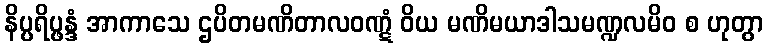
နိပ္ပရိပ္ဖန္ဒံ အာကာသေ ဌပိတမဏိတာလဝဏ္ဋံ ဝိယ မဏိမယာဒါသမဏ္ဍလမိဝ စ ဟုတွာ